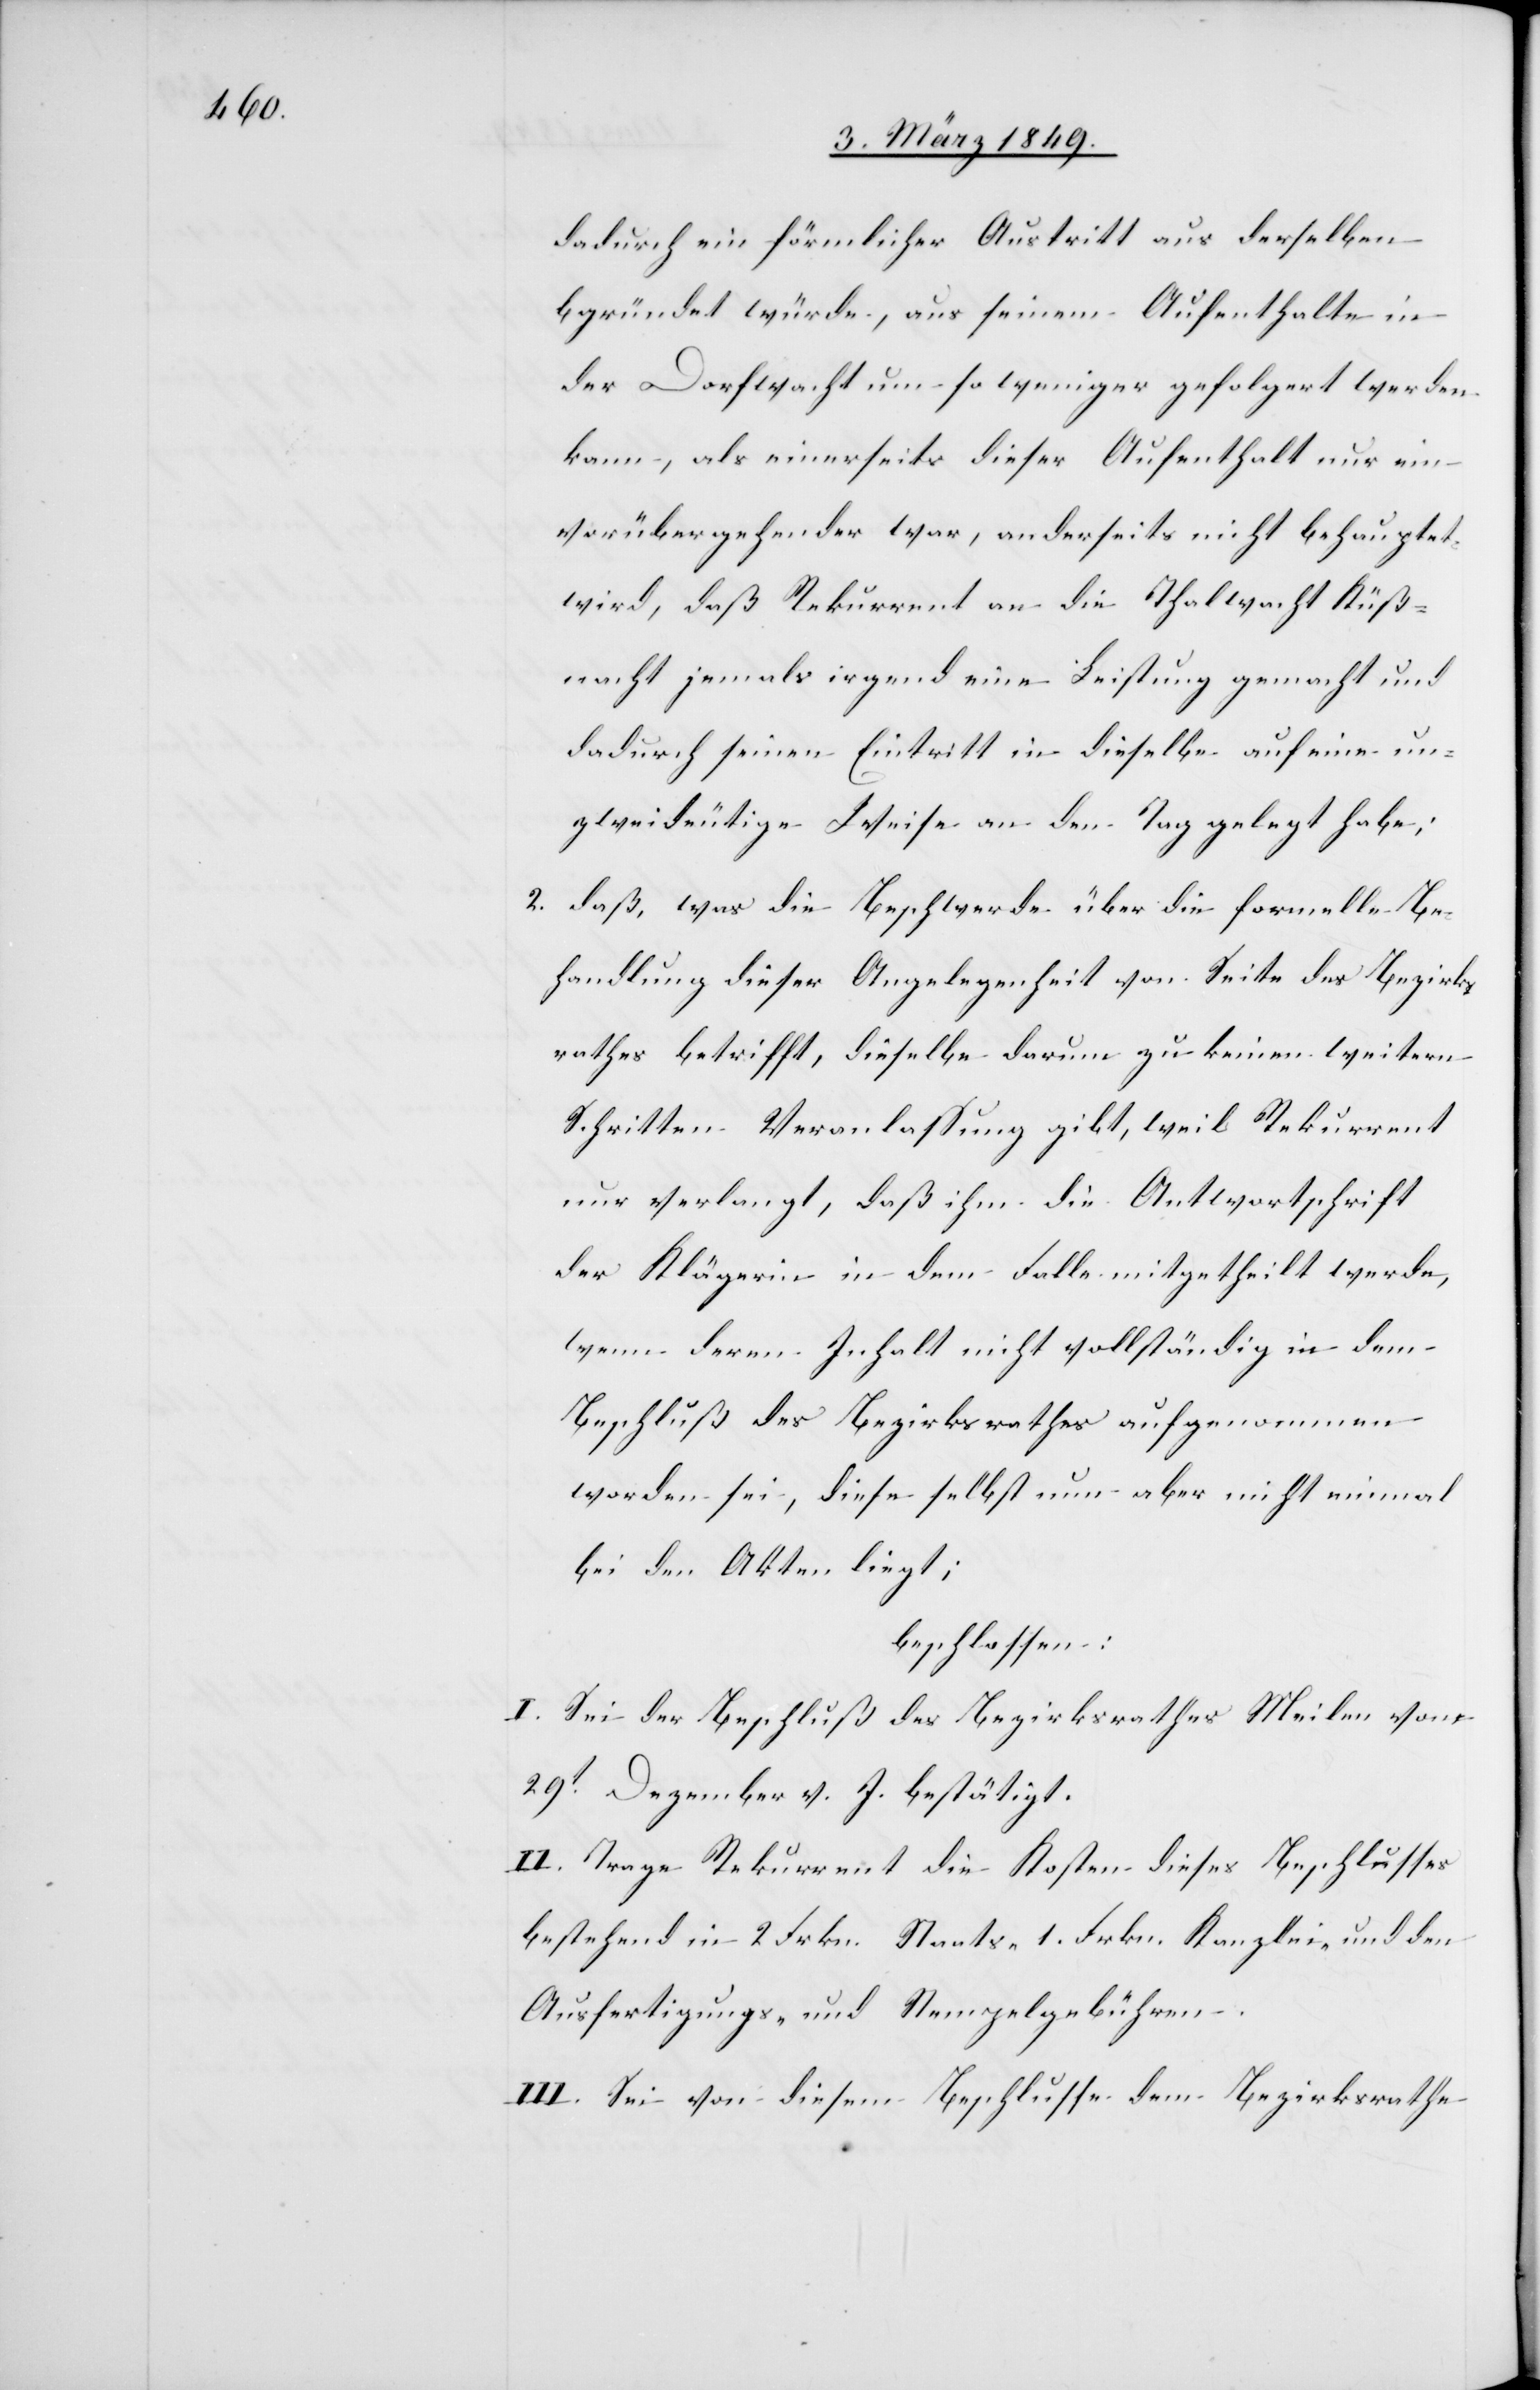
dadurch ein förmlicher Austritt aus derselben
begründet würde, aus seinem Aufenthalte in
der Dorfwacht um so weniger gefolgert werden
kann, als einerseits dieser Aufenthalt nur ein
vorübergehender war, anderseits nicht behauptet
wird, daß Rekurrent an die Thalwacht Küß¬
nacht jemals irgend eine Leistung gemacht und
dadurch seinen Eintritt in dieselbe auf eine un¬
zweideutige Weise an den Tag gelegt habe;
2. daß, was die Beschwerde über die formelle Be¬
handlung dieser Angelegenheit von Seite des Bezirks¬
rathes betrifft, dieselbe darum zu keinen weitern
Schritten Veranlassung gibt, weil Rekurrent
nur verlangt, daß ihm die Antwortschrift
der Klägerin in dem Falle mitgetheilt werde,
wenn deren Inhalt nicht vollständig in dem
Beschluß des Bezirksrathes aufgenommen
worden sei; diese selbst nun aber nicht einmal
bei den Akten liegt;
beschlossen:
I. Sei der Beschluß des Bezirksrathes Meilen vom
29t. Dezember v. J. bestätigt.
II. Trage Rekurrent die Kosten dieses Beschlusses
bestehend in 2 Frkn. Staats- 1. Frkn. Kanzlei- und den
Ausfertigungs- und Stempelgebühren.
III. Sei von diesem Beschlusse dem Bezirksrathe